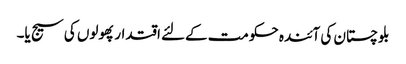
بلوچستان کی آئندہ حکومت کےلئے اقتدار پھولوں کی سیج یا۔